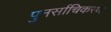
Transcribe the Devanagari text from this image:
पुनर्साचिकरण